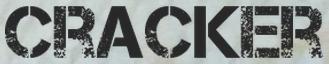
CRACKER